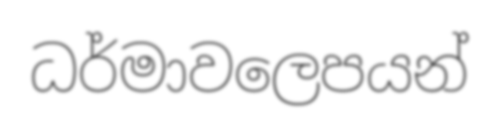
ධර්මාවලෙපයන්